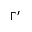
\Gamma ^ { \prime }